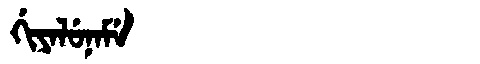
Manchu: ᡤᡳᠶᠠᠯᡠᠨᠠᠮᡝ
Romanization: GIYALUNAME